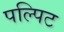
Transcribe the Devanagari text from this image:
पल्पिट